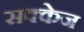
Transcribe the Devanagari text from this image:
सक्केज